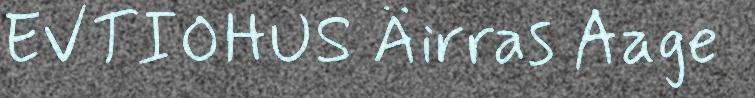
EVTIOHUS Äirras Aage